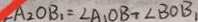
\angle A _ { 2 } O B _ { 1 } = \angle A _ { 1 } O B + \angle B O B _ { 1 }